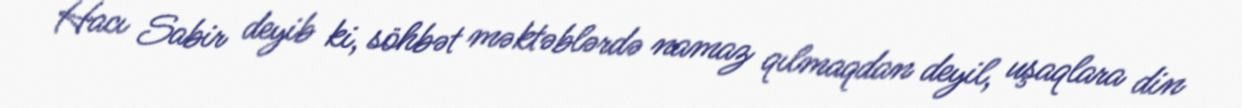
Hacı Sabir deyib ki, söhbət məktəblərdə namaz qılmaqdan deyil, uşaqlara din